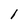
Character: l